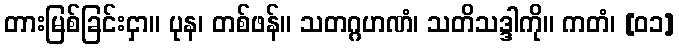
တားမြစ်ခြင်းငှာ။ ပုန၊ တစ်ဖန်။ သတဂ္ဂဟဏံ၊ သတိသဒ္ဒါကို။ ကတံ၊ [၀၁]